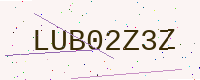
Text: LUB02Z3Z